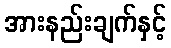
အားနည်းချက်နှင့်